Problem: 14 + 45 = ?
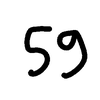
Handwritten answer: 59